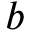
b